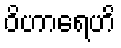
ဝိဟာရေဟိ